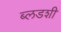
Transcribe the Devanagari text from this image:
ब्लडशी